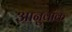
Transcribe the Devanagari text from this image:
आनुवांक